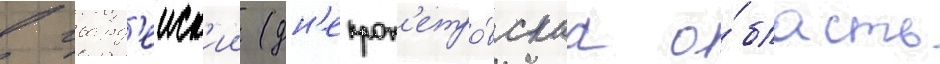
в гвард'еиск'ии (дн'епроп'етро́вскаа о́бласть